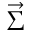
\vec { \Sigma }